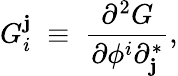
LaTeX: G_{i}^{\mathbf{j}}\; \equiv\; {\frac{{\partial^{2}G}}{{\partial\phi^{i}\partial_{\mathbf{j}}^{*}}}},